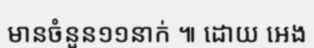
មានចំនួន១១នាក់ ៕ ដោយ អេង